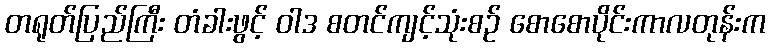
တရုတ်ပြည်ကြီး တံခါးဖွင့် ဝါဒ စတင်ကျင့်သုံးစဉ် စောစောပိုင်းကာလတုန်းက